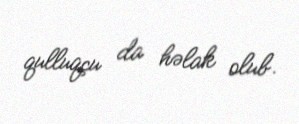
qulluqçu da həlak olub.